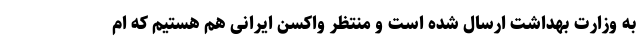
به وزارت بهداشت ارسال شده است و منتظر واکسن ایرانی هم هستیم که ام